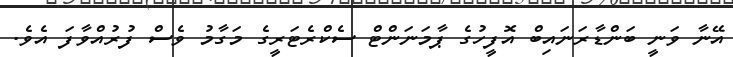
އޭނާ ވަނީ ބަންޑާރަނައިބް އޮފީހުގެ ޕާމަނަންޓް ސެކްރެޓަރީގެ މަގާމު ވެސް ފުރުއްވާފަ އެވެ.